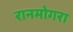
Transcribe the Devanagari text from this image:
रानमोगरा